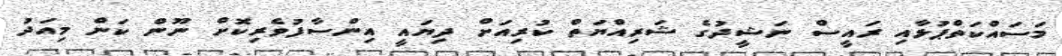
މަސައްކަތްޕުޅާއި ރައީސް ނަޝީދުގެ ޝަރިއްޔަތް ކުރިއަށް ދިޔައީ އިންސާފުވެރިކޮށް ނޫން ކަން މިއަދު